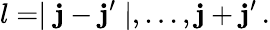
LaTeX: l=\mid\mathbf{j}-\mathbf{j}^{\prime}\mid,...,\mathbf{j}+\mathbf{j}^{\prime}\, .